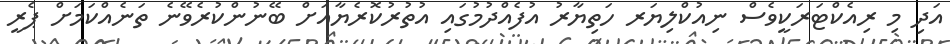
އަދި މި ރިއެކްޓަރަކީވެސް ނިއުކްލިޔަރ ހަތިޔާރު އުފެއްދުމުގައި އުތުރުކޮރެޔާއަށް ބޭނުންކުރެވޭނެ ތަނެއްކަމަށް ޕެރީ